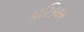
પરિકલન